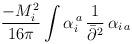
LaTeX: \begin{align*}\frac{-M_i^2 }{16\pi}\int \alpha_i^{\,a} \,\frac{1}{\bar\partial^2} \,\alpha_{i\,a}\end{align*}